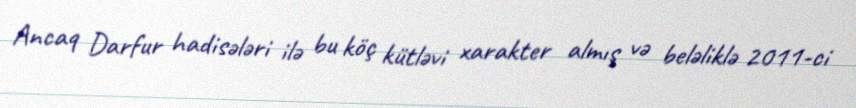
Ancaq Darfur hadisələri ilə bu köç kütləvi xarakter almış və beləliklə 2011-ci